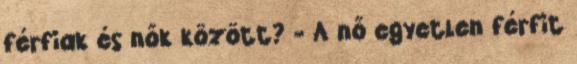
férfiak és nők között? - A nő egyetlen férfit